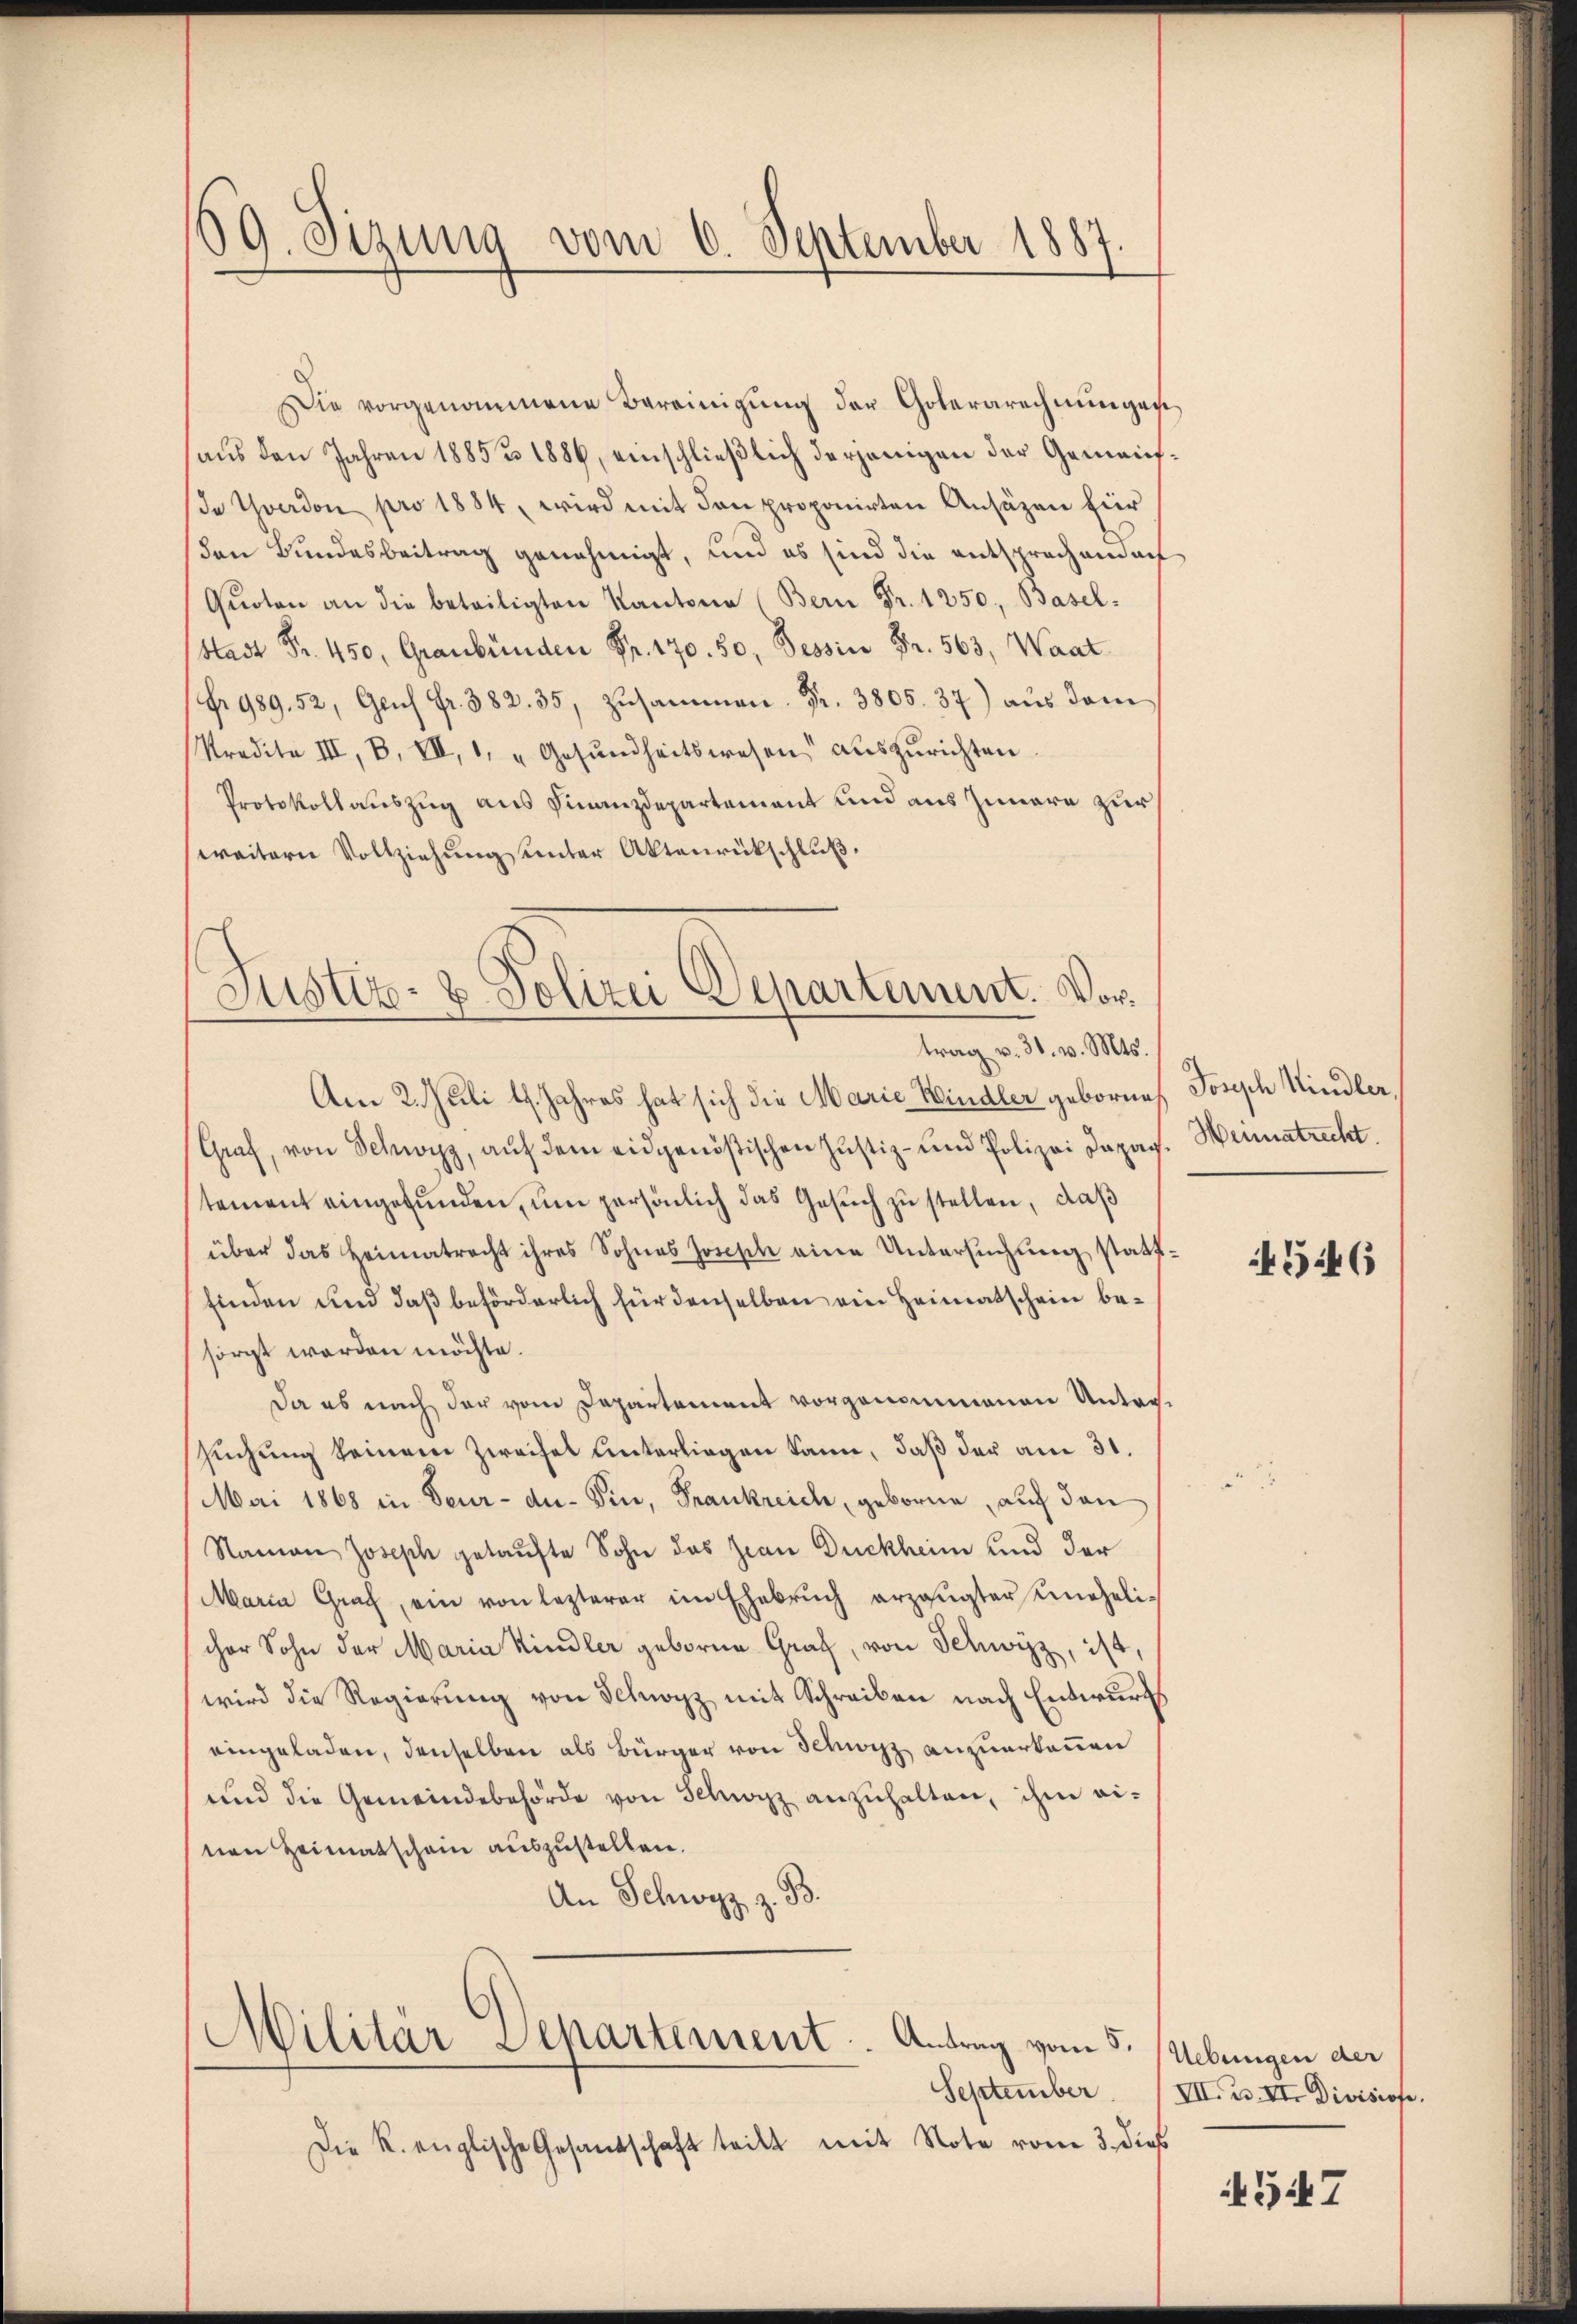
189. Sizung vom 6. September 1887.

Die vorgenommene Bereinigung der Goterarechnungen
aus den Jahren 1885 & 1886, einschließlich derjenigen der Gemeine Yverdon pro 1884, wird mit den proponirten Ansäzen für
den Bundesbeitrag genehmigt, und es sind die entsprechend auf
Quoten an die beteiligten Kantone (Bern Fr. 1250, Basel-
Stadt Fr. 450, Graubünden Fr. 170. 50, Tessin Fr. 563, Waat
Nr. 989. 52, Genf fr. 382. 35, Zusammen. Fr. 3805. 37) aus dem
Predite III, B. VII, 1, "Gesŭndheitswesen aŭszŭrichten
Protokollauszug aus Finanzdepartement und aus Innere zur
weitern Vollziehung unter Aktenrückschluß.

Justiz- & Polizei Departement. Vortrag v. 31. v. Mts.

Militar Separtement. Antrag vom 5.

Am 2. Juli l. Jahres hat sich die Marie Windler geborne
Graf, von Schwyz, auf dem eidgenößischen Justiz- und Polizei Dapag
tement eingefunden, um persönlich das Gesuch zu stellen, daß
über das Heimatracht ihres Sohnes Josisch eine Untersuchung stattfinden und daß beförderlich für denselben ein Heimatschein besorgt werden möchte.
Da es nach der vom Departement vorgenommenen Untersuchung keinem Zweifel unterliegen kann, daß der am 31.
Mai 1868 in Seur- du- Vin, Frankreich, geborne, auf den
Namon Joseph getaufte Sohn das Zwar Duckheim und der
Maria Graf, ein von lezterer im Ehebrŭch erzeugter unehelicher Sohn der Maria Kindler geboren Graf, von Schwyz, ist,
wird die Regierung von Schwyz mit Schreiben nach Entwurf
eingeladen, denselben als Bürger von Schwyz anzuerkennen
und die Gemeindebehörde von Schwyz anzuhalten, ihm ei-
nen Heimatschein auszustellen.
An Schwyz z. B.

September
Die R. englische Gesandschaft teilt mit Note vom 3. dieß

Joseph Kindler,
Heimatrecht.

4546

Uebungen der
VII. Bd. II. Divisiose.

547